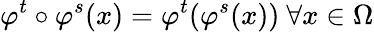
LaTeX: \varphi^{t}\circ\varphi^{s}(x)=\varphi^{t}(\varphi^{s}(x))~\forall x\in\Omega